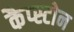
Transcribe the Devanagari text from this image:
कैप्स्टोन